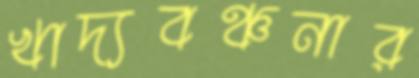
খাদ্যবঞ্চনার